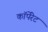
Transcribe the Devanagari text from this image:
काॅर्पेरेट